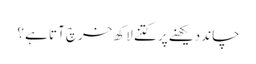
چاند دیکھنے پر کتنے لاکھ خرچ آتا ہے ؟